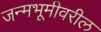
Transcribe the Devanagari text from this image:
जन्मभूमीवरील